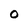
Character: O